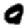
Digit: 0